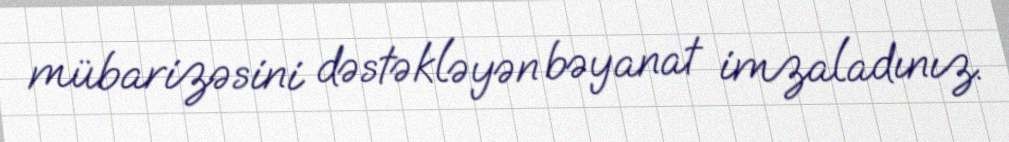
mübarizəsini dəstəkləyən bəyanat imzaladınız.